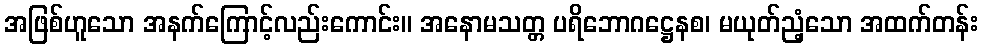
အဖြစ်ဟူသော အနက်ကြောင့်လည်းကောင်း။ အနောမသတ္တ ပရိဘောဂဋ္ဌေနစ၊ မယုတ်ညံ့သော အထက်တန်း